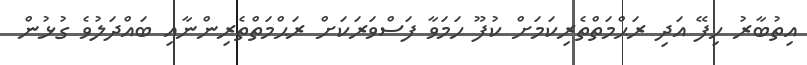
އިތުބާރު ހިފޭ އަދި ރަޙްމަތްތެރިކަމަށް ކުފޫ ހަމަވާ ފަސްވަރަކަށް ރަޙްމަތްތެރިންނާއި ބައްދަލުވެ ގުޅުން